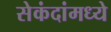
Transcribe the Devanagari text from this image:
सेकंदांमध्ये